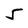
Character: 5